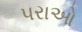
પરાઓ